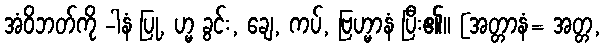
အံဝိဘတ်ကို -ါနံ ပြု, ဟ္မ ခွင်း, ချေ, ကပ်, ဗြဟ္မာနံ ပြီး၏။ [အတ္တာနံ= အတ္တ,